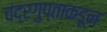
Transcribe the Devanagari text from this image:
चंद्रगुप्ताकडून